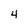
Character: 4